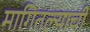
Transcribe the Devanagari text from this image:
मागितल्याची